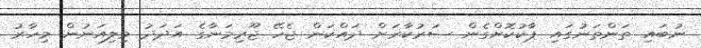
ނުބައި ތަންތަނުގައި ޕާކުކޮށްގެން ސަރުކާރަށް ދައްކަން ޖެހޭ ޖޫރިމަނާގެ އަދަދު މިލިއަނުން މިހާރު